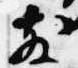
散